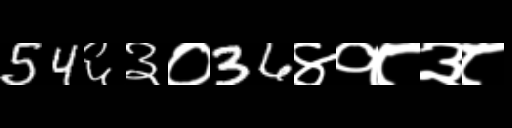
Text: 54६३०36४१८३८